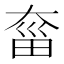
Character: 𡙂